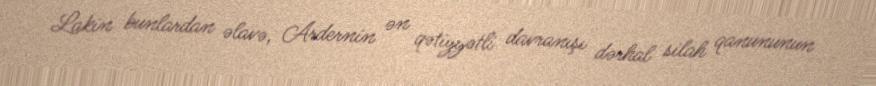
Lakin bunlardan əlavə, Ardernin ən qətiyyətli davranışı dərhal silah qanununun